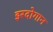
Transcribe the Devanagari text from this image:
इरदोगान